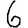
Digit: 6